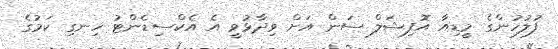
ފުލުހުންގެ މީޑިއާ އޮފިޝަލް ސަން އަށް ވިދާޅުވީ އެ އެކްސިޑެންޓު ހިނގި ކަމުގެ